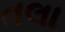
તલા